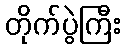
တိုက်ပွဲကြီး